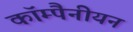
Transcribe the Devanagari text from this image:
कॉम्पैनीयन